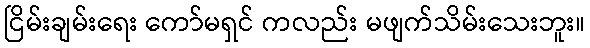
ငြိမ်းချမ်းရေး ကော်မရှင် ကလည်း မဖျက်သိမ်းသေးဘူး။